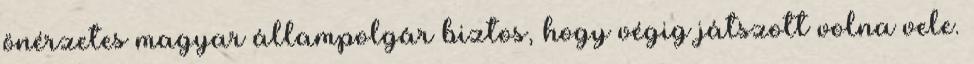
önérzetes magyar állampolgár biztos, hogy végig játszott volna vele.